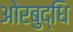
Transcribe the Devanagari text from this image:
ओरबुद्धि